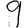
Digit: 9